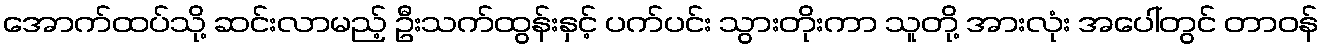
အောက်ထပ်သို့ ဆင်းလာမည့် ဦးသက်ထွန်းနှင့် ပက်ပင်း သွားတိုးကာ သူတို့ အားလုံး အပေါ်တွင် တာဝန်